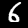
Label: 6